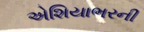
એશિયાભરની